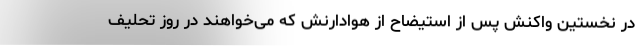
در نخستین واکنش پس از استیضاح از هوادارنش که می‌خواهند در روز تحلیف